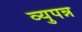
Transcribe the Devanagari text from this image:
व्युपन्न